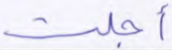
أجلت